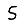
Digit: 5